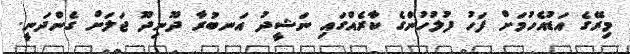
މިރޭގެ އަޑުއެހުމަށް ފަހު ފުލުހުންގެ ކާރެއްގައި ނަޝީދު އަނބުރާ ދޫނިދޫ ޖަލަށް ގެންދަނީ.